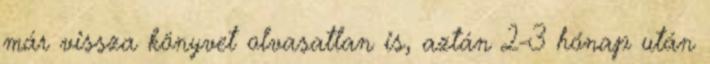
már vissza könyvet olvasatlan is, aztán 2-3 hónap után